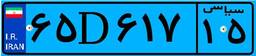
۶۵D۶۱۷۱۵